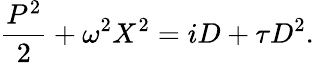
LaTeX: \frac{P^{2}}{2}+\omega^{2}X^{2}=iD+\tau D^{2}.